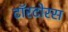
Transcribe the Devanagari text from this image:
टॉरटोरस